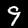
Label: 9